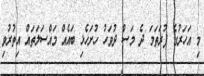
މި އަހަރުގެ ފުރަތަމަ ދެ މަސް ދުވަހު ހުށަހެޅި ބައެއް މައްސަލަތައް އިތުރުވި